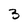
Character: 3